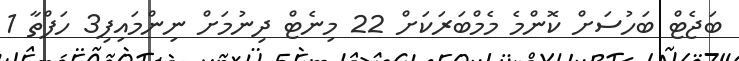
ބަޖެޓް ބަހުސަށް ކޮންމެ މެމްބަރަކަށް 22 މިނެޓް ދިނުމަށް ނިންމައިފި3 ހަފްތާ 1